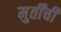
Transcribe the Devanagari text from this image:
मुर्तींची